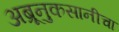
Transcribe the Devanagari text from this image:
अब्रूनुकसानीचा